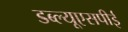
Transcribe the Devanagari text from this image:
डब्ल्यूएसपीई